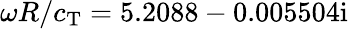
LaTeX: \omega R/c_{\mathrm{T}}=5.2088-0.005504\mathrm{i}